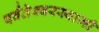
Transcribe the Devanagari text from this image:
पर्वतेश्‍वरस्वामी